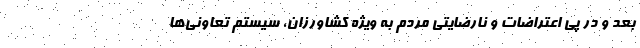
بعد و در پی اعتراضات و نارضایتی مردم به ویژه کشاورزان، سیستم تعاونی‌ها